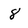
Character: 8